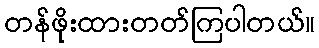
တန်ဖိုးထားတတ်ကြပါတယ်။